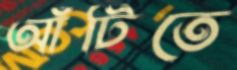
আঁটিতে